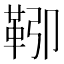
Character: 𩊎